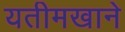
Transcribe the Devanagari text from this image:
यतीमखाने